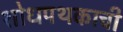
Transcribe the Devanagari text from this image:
शोधपथकाची